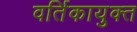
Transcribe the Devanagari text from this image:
वर्तिकायुक्त